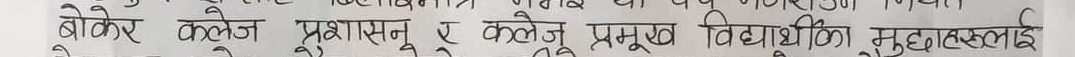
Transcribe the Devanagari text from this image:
बोकेर् कलेज प्रशासन र कलेज प्रमुख विद्यार्थीका मुद्दाहरुलाई